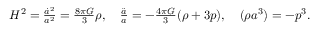
\begin{array} { r } { H ^ { 2 } = \frac { \dot { a } ^ { 2 } } { a ^ { 2 } } = \frac { 8 \pi G } { 3 } \rho , \quad \frac { \ddot { a } } { a } = - \frac { 4 \pi G } { 3 } ( \rho + 3 p ) , \quad \d ( \rho a ^ { 3 } ) = - p \d a ^ { 3 } . } \end{array}